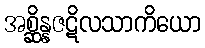
အစ္ဆိန္နဇဋိလသာကိယော